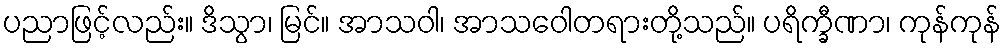
ပညာဖြင့်လည်း။ ဒိသွာ၊ မြင်။ အာသဝါ၊ အာသဝေါတရားတို့သည်။ ပရိက္ခီဏာ၊ ကုန်ကုန်